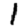
Digit: 1